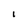
Character: I